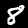
Digit: 8